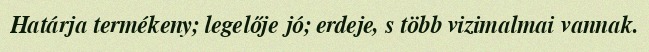
Határja termékeny; legelője jó; erdeje, s több vizimalmai vannak.